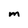
Character: M